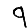
Digit: 9